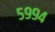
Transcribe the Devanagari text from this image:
५९९४